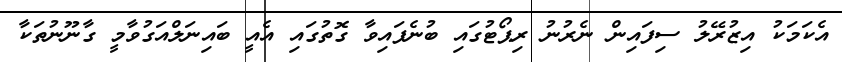
އެކަމަކު އިޒުރޭލު ސިފައިން ނެރުނު ރިޕޯޓުގައި ބުނެފައިވާ ގޮތުގައި އެއީ ބައިނަލްއަގުވާމީ ގާނޫނުތަކާ